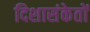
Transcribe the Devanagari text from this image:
दिशासंकेतों